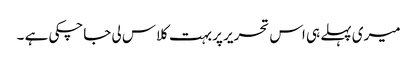
میری پہلے ہی اس تحریر پر بہت کلاس لی جاچکی ہے ۔